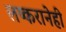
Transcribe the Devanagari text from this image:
लष्करानेही